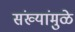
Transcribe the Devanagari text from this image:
संख्यांमुळे